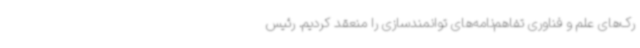
رک‌های علم و فناوری تفاهم‌نامه‌های توانمندسازی را منعقد کردیم. رئیس